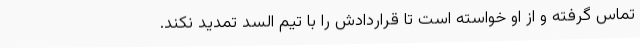
تماس گرفته و از او خواسته است تا قراردادش را با تیم السد تمدید نکند.